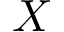
X